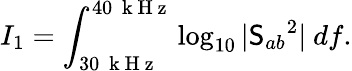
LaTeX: I_{1}=\int_{30~\mathrm{~k~H~z~}}^{40~\mathrm{~k~H~z~}}\log_{10}|\mathsf{S}_{ab}{}^{2}|~df.